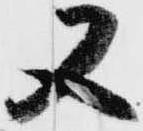
又